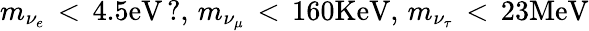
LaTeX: m_{\nu_{e}}\, <\, 4.5\mathrm{eV}\, ?,\, m_{\nu_{\mu}}\, <\, 160\mathrm{KeV},\, m_{\nu_{\tau}}\, <\, 23\mathrm{MeV}